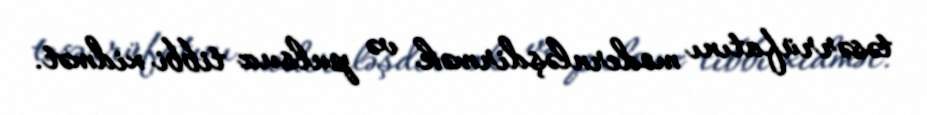
təsərrüfatını modernləşdirmək və pulsuz tibbi xidmət.